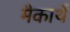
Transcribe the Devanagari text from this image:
मैकार्थे